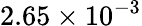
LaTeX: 2.65\times 10^{-3}